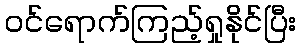
ဝင်ရောက်ကြည့်ရှုနိုင်ပြီး